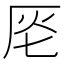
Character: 𠩔